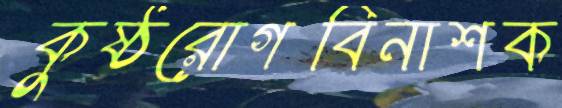
কুষ্ঠরোগবিনাশক